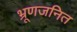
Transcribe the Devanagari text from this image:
भ्रूणजनित